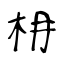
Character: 枏